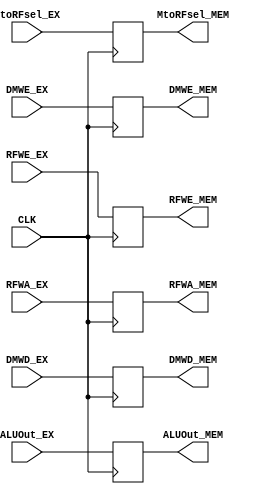
`timescale 1ns / 1ps
//////////////////////////////////////////////////////////////////////////////////
// Company: 
// Engineer: 
// 
// Design Name: 
// Module Name: PIP_REG_EXtoMEM
// Project Name: 
// Target Devices: 
// Tool Versions: 
// Description: 
// 
// Dependencies: 
// 
// Revision:
// Revision 0.01 - File Created
// Additional Comments:
// 
//////////////////////////////////////////////////////////////////////////////////


//PIPELINE REGISTER: EXECUTE TO MEMORY
module PIP_REG_EXtoMEM #(parameter wid=32, RFdep=5)
(input CLK, RFWE_EX, DMWE_EX, MtoRFsel_EX,
    input[RFdep-1:0] RFWA_EX, input signed[wid-1:0] ALUOut_EX, DMWD_EX,
    output reg RFWE_MEM, DMWE_MEM, MtoRFsel_MEM,
    output reg[RFdep-1:0] RFWA_MEM, output reg signed[wid-1:0] ALUOut_MEM, DMWD_MEM);

    always @(posedge CLK) begin
        RFWE_MEM <= RFWE_EX;
        DMWE_MEM <= DMWE_EX;
        MtoRFsel_MEM <= MtoRFsel_EX;
        
        ALUOut_MEM <= ALUOut_EX;
        DMWD_MEM <= DMWD_EX;
        RFWA_MEM <= RFWA_EX;
    end
endmodule